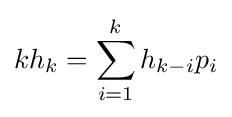
kh_{k}=\sum _{i=1}^{k}h_{k-i}p_{i}